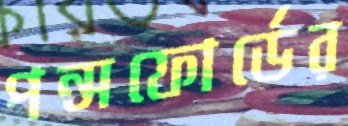
পন্সফোর্ডের